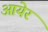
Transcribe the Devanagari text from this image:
आयेर